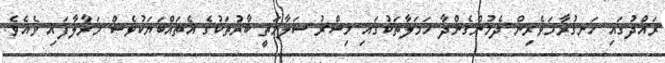
ރައްދުގައި ހަނގުރާމަވެރިން ދެމުންގެންދާ ހަމަލާތަކުގައި މިސްރު ސަލާމަތީ ބާރުތަކުގެ އެތައްބަޔަކުވެސް މަރާލާފައި ވެއެވެ.